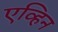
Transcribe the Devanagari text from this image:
एव्हिन